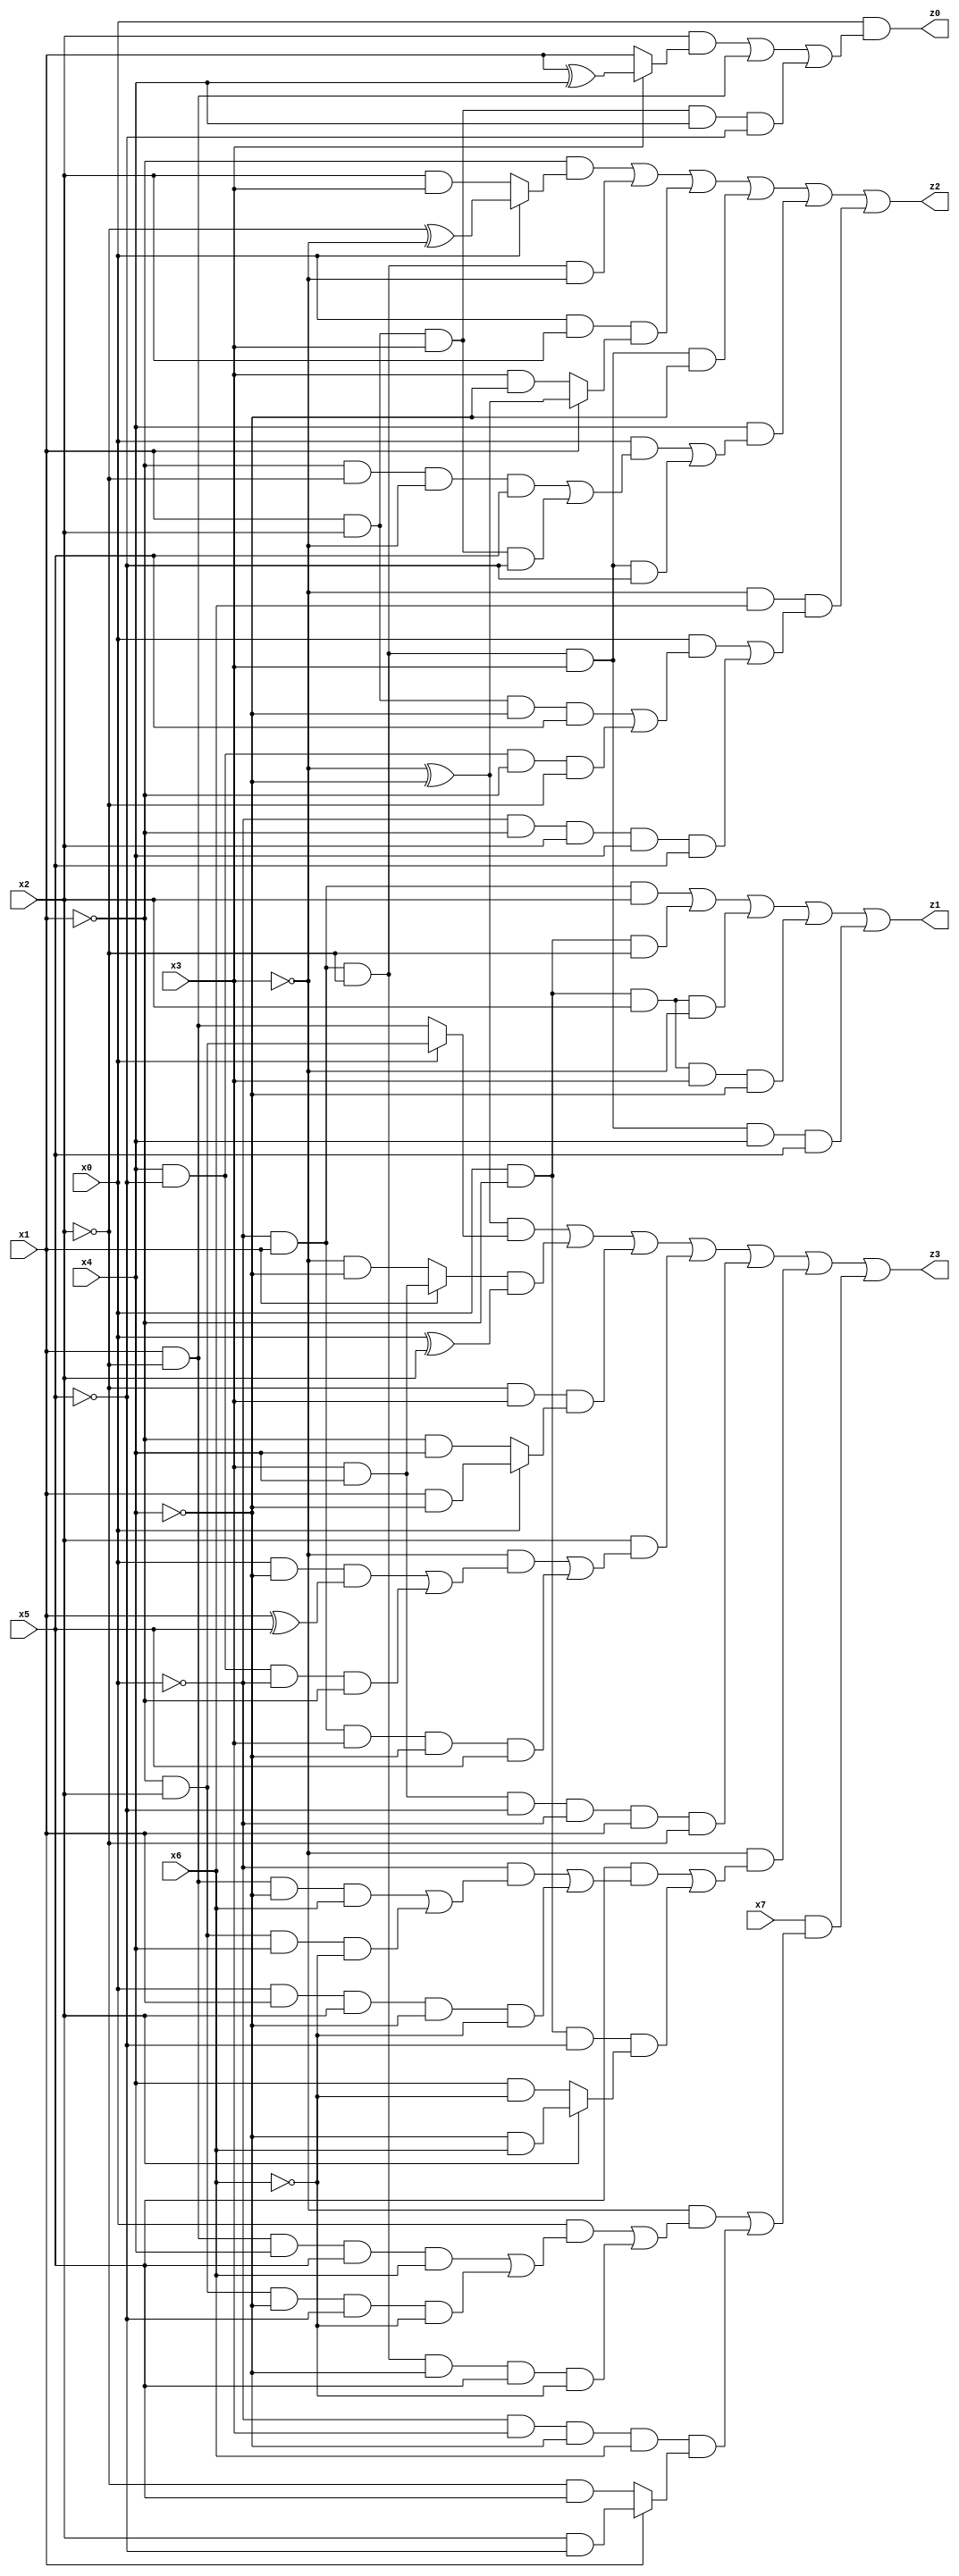
// Benchmark "quot_res" written by ABC on Fri Jul 07 14:30:36 2023

module quot_res ( 
    x0, x1, x2, x3, x4, x5, x6, x7,
    z0, z1, z2, z3  );
  input  x0, x1, x2, x3, x4, x5, x6, x7;
  output z0, z1, z2, z3;
  assign z0 = x0 & ((x2 & (x3 ? (x1 ^ x4) : x1)) | (x1 & ~x2) | (x1 & x2 & x3 & x4 & ~x5));
  assign z1 = (~x0 & x1 & x2) | (x0 & ~x1 & ~x2) | (x0 & ~x1 & x2 & ~x3) | (x0 & ~x1 & x2 & x3 & ~x4) | (~x0 & x1 & ~x2 & x3 & x4 & x5);
  assign z2 = (~x1 & (x0 ? (~x2 ^ ~x3) : (x2 & x3))) | (~x0 & x1 & ~x2 & ~x3) | (x0 & x2 & (x1 ? (~x3 ^ ~x4) : (x3 & ~x4))) | (~x0 & x1 & ~x2 & x3 & ~x4) | (x4 & ((x0 & ((~x1 & ~x2 & ~x3 & x5) | (x1 & x2 & x3 & ~x5))) | (~x0 & x1 & ~x2 & x3 & ~x5))) | (~x3 & x6 & ((x0 & ((x1 & x2 & ~x4 & x5) | (x4 & ~x5 & ~x1 & ~x2))) | (~x0 & ~x1 & x2 & x4 & x5)));
  assign z3 = ((~x3 ^ ~x4) & (x0 ? (~x1 & x2) : (x1 & ~x2))) | ((x1 ? (x3 & x4) : (~x3 & ~x4)) & (x0 ^ x2)) | (~x2 & x3 & (x0 ? (x1 & ~x4) : (~x1 & x4))) | (x2 & ((~x3 & ((x0 & ~x4 & (x1 ^ x5)) | (x4 & ~x5 & ~x0 & ~x1))) | (~x0 & x1 & x3 & ~x4 & x5))) | (x3 & x4 & ~x5 & ~x0 & x1 & ~x2) | (~x3 & ((x5 & ((~x0 & ((x1 & ~x2 & ~x4 & x6) | (~x1 & x2 & x4 & ~x6))) | (x0 & x1 & x2 & ~x4 & ~x6))) | (x0 & ~x1 & ~x5 & (x2 ? (~x4 & x6) : (x4 & ~x6))))) | (x7 & ((~x3 & ((x0 & ((x1 & ~x2 & x4 & x5 & x6) | (~x1 & x2 & ~x4 & ~x5 & ~x6))) | (~x0 & x1 & ~x2 & ~x4 & x5 & ~x6))) | (~x0 & x3 & ~x4 & x6 & (x1 ? (x2 & ~x5) : (~x2 & x5)))));
endmodule